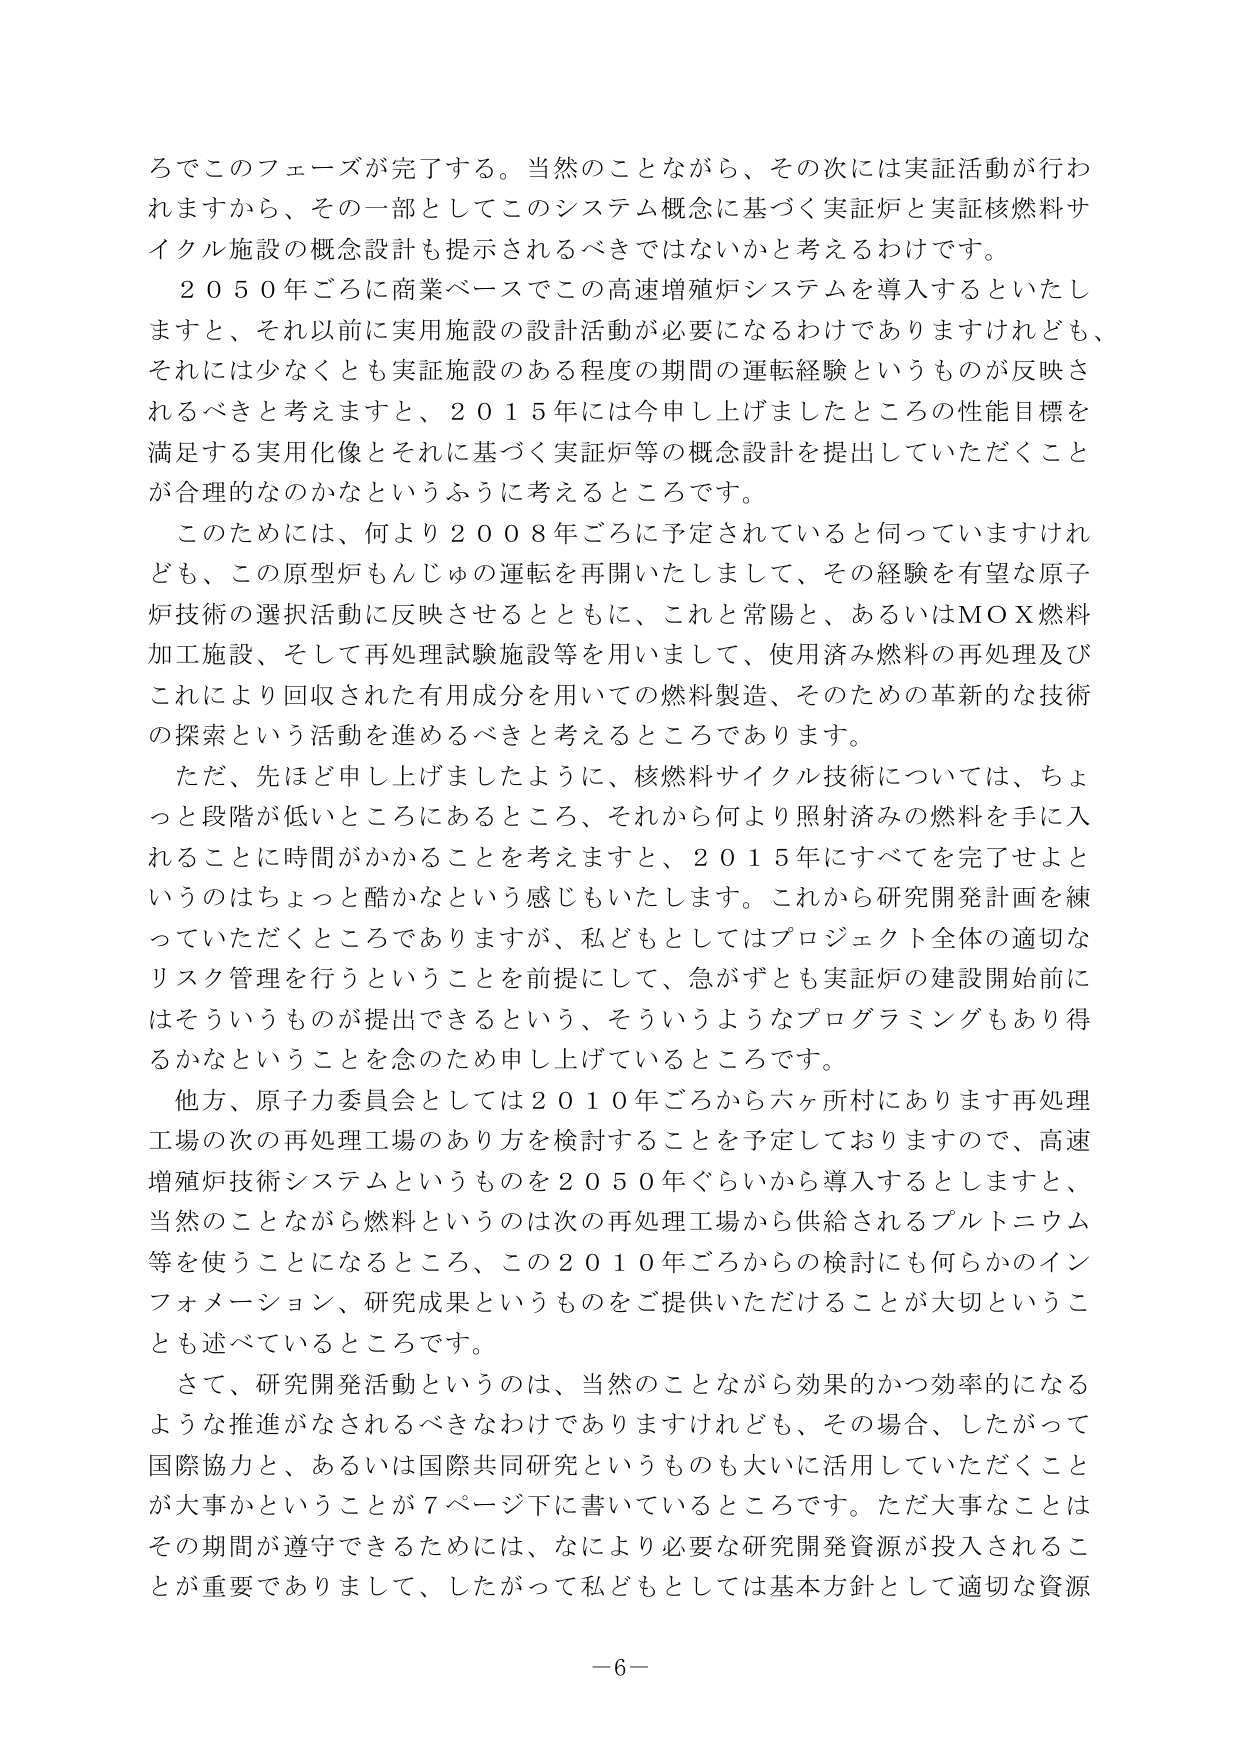
ろでこのフェーズが完了する。当然のことながら、その次には実証活動が行われますから、その一部としてこのシステム概念に基づく実証炉と実証核燃料サイクル施設の概念設計も提示されるべきではないかと考えるわけです。

２０５０年ごろに商業ベースでこの高速増殖炉システムを導入するといたしますと、それ以前に実用施設の設計活動が必要になるわけでありますけれども、それには少なくとも実証施設のある程度の期間の運転経験というものが反映されるべきと考えますと、２０１５年には今申し上げましたところの性能目標を満足する実用化像とそれに基づく実証炉等の概念設計を提出していただくことが合理的なのかなというふうに考えるところです。

このためには、何より２００８年ごろに予定されていると伺っていますけれども、この原型炉もんじゅの運転を再開いたしまして、その経験を有望な原子炉技術の選択活動に反映させるとともに、これと常陽と、あるいはＭＯＸ燃料加工施設、そして再処理試験施設等を用いまして、使用済み燃料の再処理及びこれにより回収された有用成分を用いての燃料製造、そのための革新的な技術の探索という活動を進めるべきと考えるところであります。

ただ、先ほど申し上げましたように、核燃料サイクル技術については、ちょっと段階が低いところにあるところ、それから何より照射済みの燃料を手に入れるのに時間がかかることを考えますと、２０１５年にすべてを完了せよというのはちょっと酷かなという感じもいたします。これから研究開発計画を練っていただくところではありますが、私どもとしてはプロジェクト全体の適切なリスク管理を行うということを前提にして、急がずとも実証炉の建設開始前にはそういうものが提出できるという、そういうようなプログラミングもあり得るかなということを念のため申し上げているところです。

他方、原子力委員会としては２０１０年ごろから六ヶ所村にあります再処理工場の次の再処理工場のあり方を検討することを予定しておりますので、高速増殖炉技術システムというものを２０５０年ぐらいから導入するとしますと、当然のことながら燃料というのは次の再処理工場から供給されるプルトニウム等を使うことになるところ、この２０１０年ごろからの検討にも何らかのインフォメーション、研究成果というものをご提供いただけることが大切ということも述べているところです。

さて、研究開発活動というのは、当然のことながら効果的かつ効率的になるような推進がなされるべきなわけではありますけれども、その場合、したがって国際協力と、あるいは国際共同研究というのも大いに活用していただくことが大事かということが７ページ下に書いているところです。ただ大事なことはその期間が遵守できるためには、なにより必要な研究開発資源が投入されることが重要でありまして、したがって私どもとしては基本方針として適切な資源

－６－